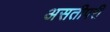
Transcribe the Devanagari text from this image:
असतीपरी